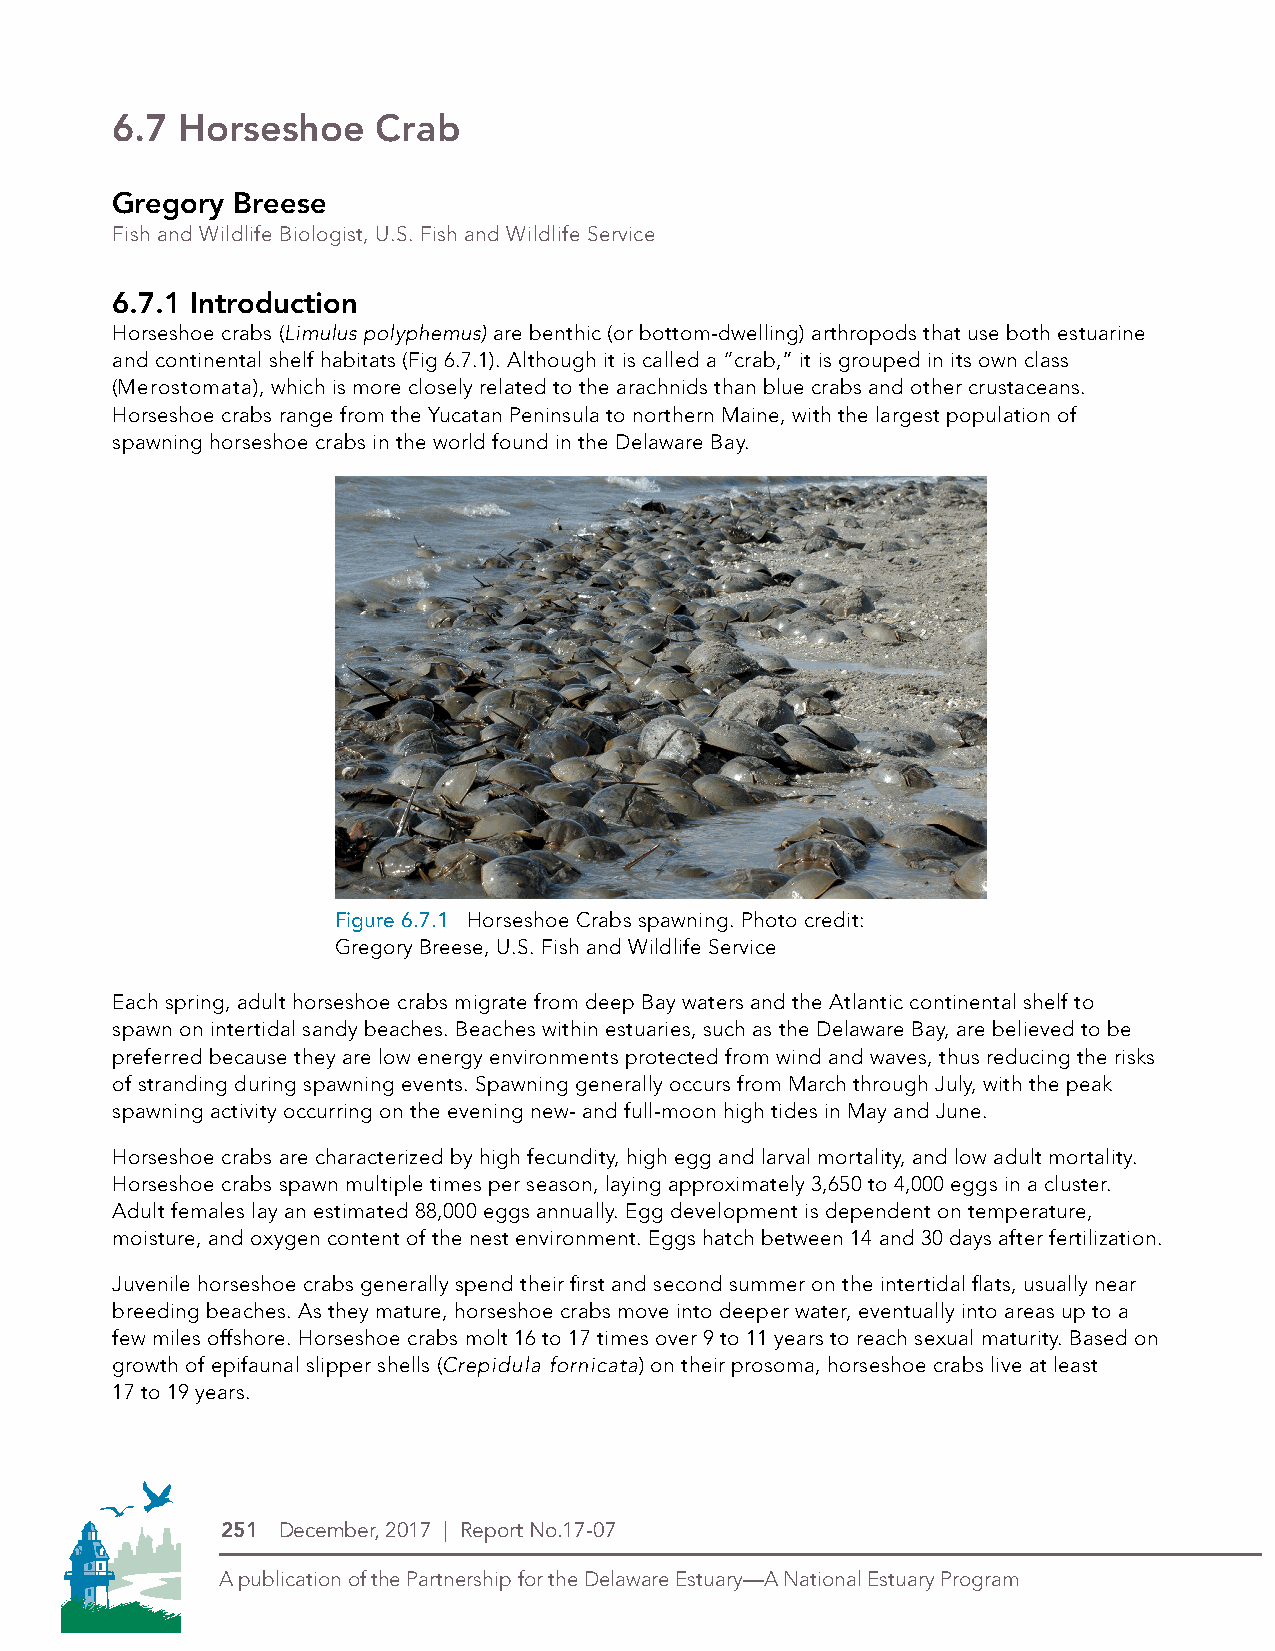
6.7  Horseshoe    Crab
 Gregory Breese
 Fish and Wildlife Biologist, U.S. Fish and Wildlife Service
 6.7.1 Introduction
 Horseshoe crabs (Limulus polyphemus) are benthic (or bottom-dwelling) arthropods that use both estuarine
 and continental shelf habitats (Fig 6.7.1). Although it is called a “crab,” it is grouped in its own class
 (Merostomata), which is more closely related to the arachnids than blue crabs and other crustaceans.
 Horseshoe crabs range from the Yucatan Peninsula to northern Maine, with the largest population of
 spawning horseshoe crabs in the world found in the Delaware Bay.
 Figure 6.7.1 Horseshoe Crabs spawning. Photo credit:
 Gregory Breese, U.S. Fish and Wildlife Service
 Each spring, adult horseshoe crabs migrate from deep Bay waters and the Atlantic continental shelf to
 spawn on intertidal sandy beaches. Beaches within estuaries, such as the Delaware Bay, are believed to be
 preferred because they are low energy environments protected from wind and waves, thus reducing the risks
 of stranding during spawning events. Spawning generally occurs from March through July, with the peak
 spawning activity occurring on the evening new- and full-moon high tides in May and June.
 Horseshoe crabs are characterized by high fecundity, high egg and larval mortality, and low adult mortality.
 Horseshoe crabs spawn multiple times per season, laying approximately 3,650 to 4,000 eggs in a cluster.
 Adult females lay an estimated 88,000 eggs annually. Egg development is dependent on temperature,
 moisture, and oxygen content of the nest environment. Eggs hatch between 14 and 30 days after fertilization.
 Juvenile horseshoe crabs generally spend their first and second summer on the intertidal flats, usually near
 breeding beaches. As they mature, horseshoe crabs move into deeper water, eventually into areas up to a
 few miles offshore. Horseshoe crabs molt 16 to 17 times over 9 to 11 years to reach sexual maturity. Based on
 growth of epifaunal slipper shells (Crepidula fornicata) on their prosoma, horseshoe crabs live at least
 17 to 19 years.
 PDE Logos in 4-Color Process (CMYK)
 THIS IS THE NEW LOGO
 251 December, 2017 | Report No.17-07
 A publication of the Partnership for the Delaware Estuary—A National Estuary Program A publication of the Partnership for the Delaware Estuary—A National Estuary Program
 Symbol Alone
 Logo with stacked type
 Type Alone